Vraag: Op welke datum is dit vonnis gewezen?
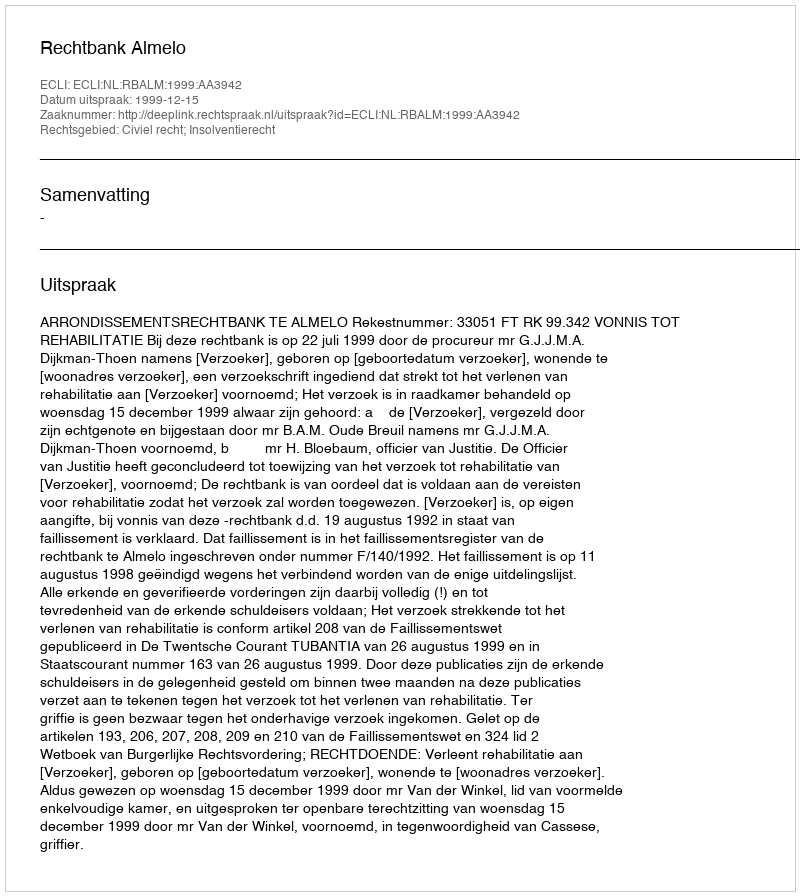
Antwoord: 1999-12-15